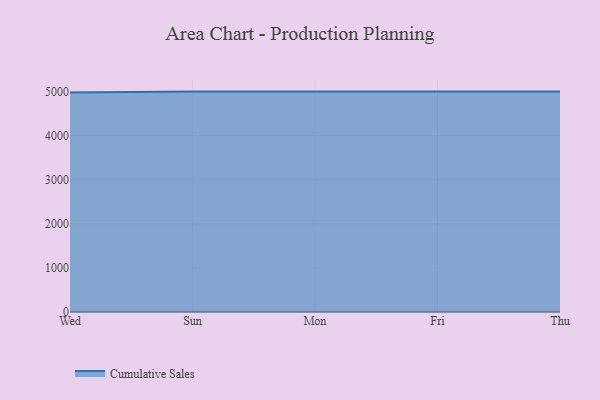
{"axis": {"x": "Day", "y": "Backlog"}, "legend": ["Cumulative Sales"], "data": [{"x": "Wed", "y": 4980.0, "type": "Cumulative Sales"}, {"x": "Sun", "y": 5000, "type": "Cumulative Sales"}, {"x": "Mon", "y": 5000, "type": "Cumulative Sales"}, {"x": "Fri", "y": 5000, "type": "Cumulative Sales"}, {"x": "Thu", "y": 5000, "type": "Cumulative Sales"}]}